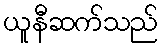
ယူနီဆက်သည်